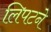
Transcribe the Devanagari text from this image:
लिपटने